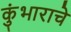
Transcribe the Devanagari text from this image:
कुंभाराचे